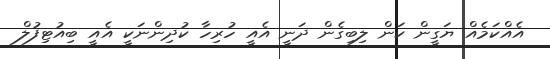
އެއްކަމެއް ޔަގީން ކަން ލިބިގެން ދަނީ އެއީ ހުރިހާ ކުދިންނަކީ އެއީ ބިއުޓިފުލް